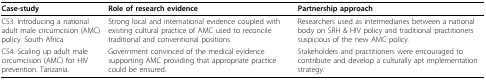
| Case-study | Role of research evidence | Partnership approach |
 | --- | --- | --- |
 | CS3. Introducing a national adult male circumcision (AMC) policy. South Africa. | Strong local and international evidence coupled with existing cultural practice of AMC used to reconcile traditional and conventional positions. | Researchers used as intermediaries between a national body on SRH & HIV policy and traditional practitioners suspicious of the new AMC policy. |
 | CS4. Scaling up adult male circumcision (AMC) for HIV prevention. Tanzania. | Government convinced of the medical evidence supporting AMC providing that appropriate practice could be ensured. | Stakeholders and practitioners were encouraged to contribute and develop a culturally apt implementation strategy. |